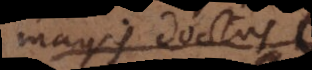
magis doctus